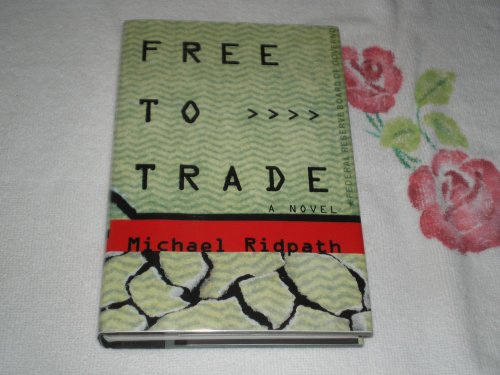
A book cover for Free to Trade: A Novel of Suspense; Michael Ridpath; Mystery, Thriller & Suspense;